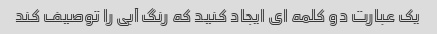
یک عبارت دو کلمه ای ایجاد کنید که رنگ آبی را توصیف کند